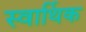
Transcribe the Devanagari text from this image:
स्वार्थिक